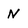
Character: N